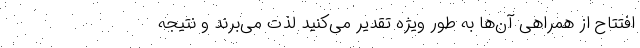
افتتاح از همراهی آن‌ها به طور ویژه تقدیر می‌کنید لذت می‌برند و نتیجه